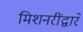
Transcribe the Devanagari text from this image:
मिशनरींद्वारे